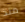
منذ